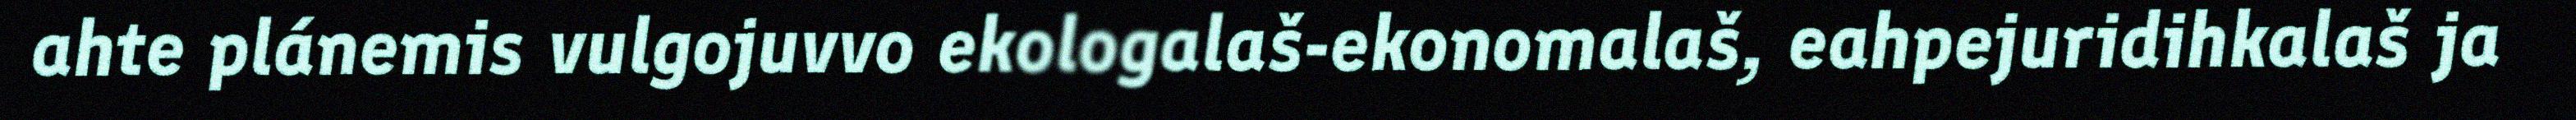
ahte plánemis vulgojuvvo ekologalaš-ekonomalaš, eahpejuridihkalaš ja